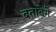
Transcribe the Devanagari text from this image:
बतावेंगे